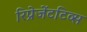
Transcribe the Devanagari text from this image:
रिप्रेजेंटटिव्स